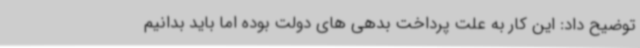
توضیح داد: این کار به علت پرداخت بدهی های دولت بوده اما باید بدانیم